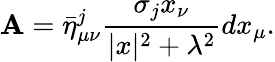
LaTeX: \mathbf{A}=\bar{{\eta}}_{\mu\nu}^{j}\frac{{\sigma_{j}x_{\nu}}}{{|x|^{2}+\lambda^{2}}}dx_{\mu}.